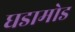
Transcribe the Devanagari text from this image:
घडामोड